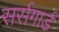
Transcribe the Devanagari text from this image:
सर्सगार्ड